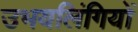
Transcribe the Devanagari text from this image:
उभयलिंगियों